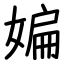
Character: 媥